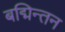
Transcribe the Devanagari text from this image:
बद्मिन्तन